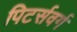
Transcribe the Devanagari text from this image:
पिटर्सवर्ग